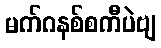
မက်ဂနစ်စကီပဲဗျ